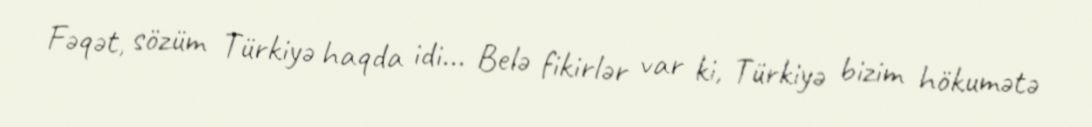
Fəqət, sözüm Türkiyə haqda idi... Belə fikirlər var ki, Türkiyə bizim hökumətə